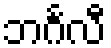
ဘင်္ဂလီ